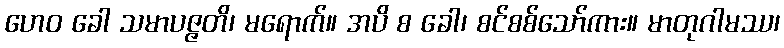
ဟေဝ ခေါ သမာပဇ္ဇတိ၊ မရောက်။ အပိ စ ခေါ၊ စင်စစ်သော်ကား။ မာတုဂါမဿ၊